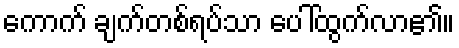
ကောက် ချက်တစ်ရပ်သာ ပေါ်ထွက်လာ၏။